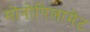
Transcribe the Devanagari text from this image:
मोनोपिलामेंट